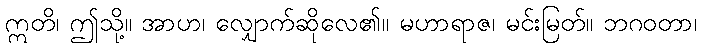
ဣတိ၊ ဤသို့။ အာဟ၊ လျှောက်ဆိုလေ၏။ မဟာရာဇ၊ မင်းမြတ်။ ဘဂဝတာ၊